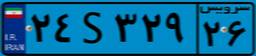
۴۱S۱۰۳۶۴